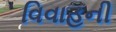
વિવાહની